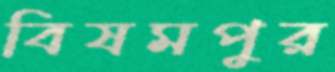
বিষমপুর